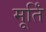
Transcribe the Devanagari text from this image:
मूर्तिं